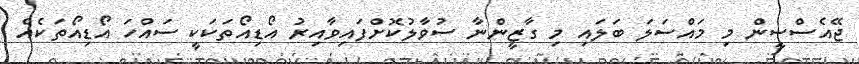
ޖޭއެސްސީން މި މައްސަލަ ބަލައި މި ގާޒީންނާ ސުވާލުކޮށްފައިވާއިރު އޯޑިއޯތަކަކީ ސައްހަ އޯޑިއޯތަކެއް